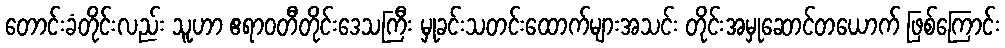
တောင်းခံတိုင်းလည်း သူဟာ ဧရာဝတီတိုင်းဒေသကြီး မှုခင်းသတင်းထောက်များအသင်း တိုင်းအမှုဆောင်တယောက် ဖြစ်ကြောင်း